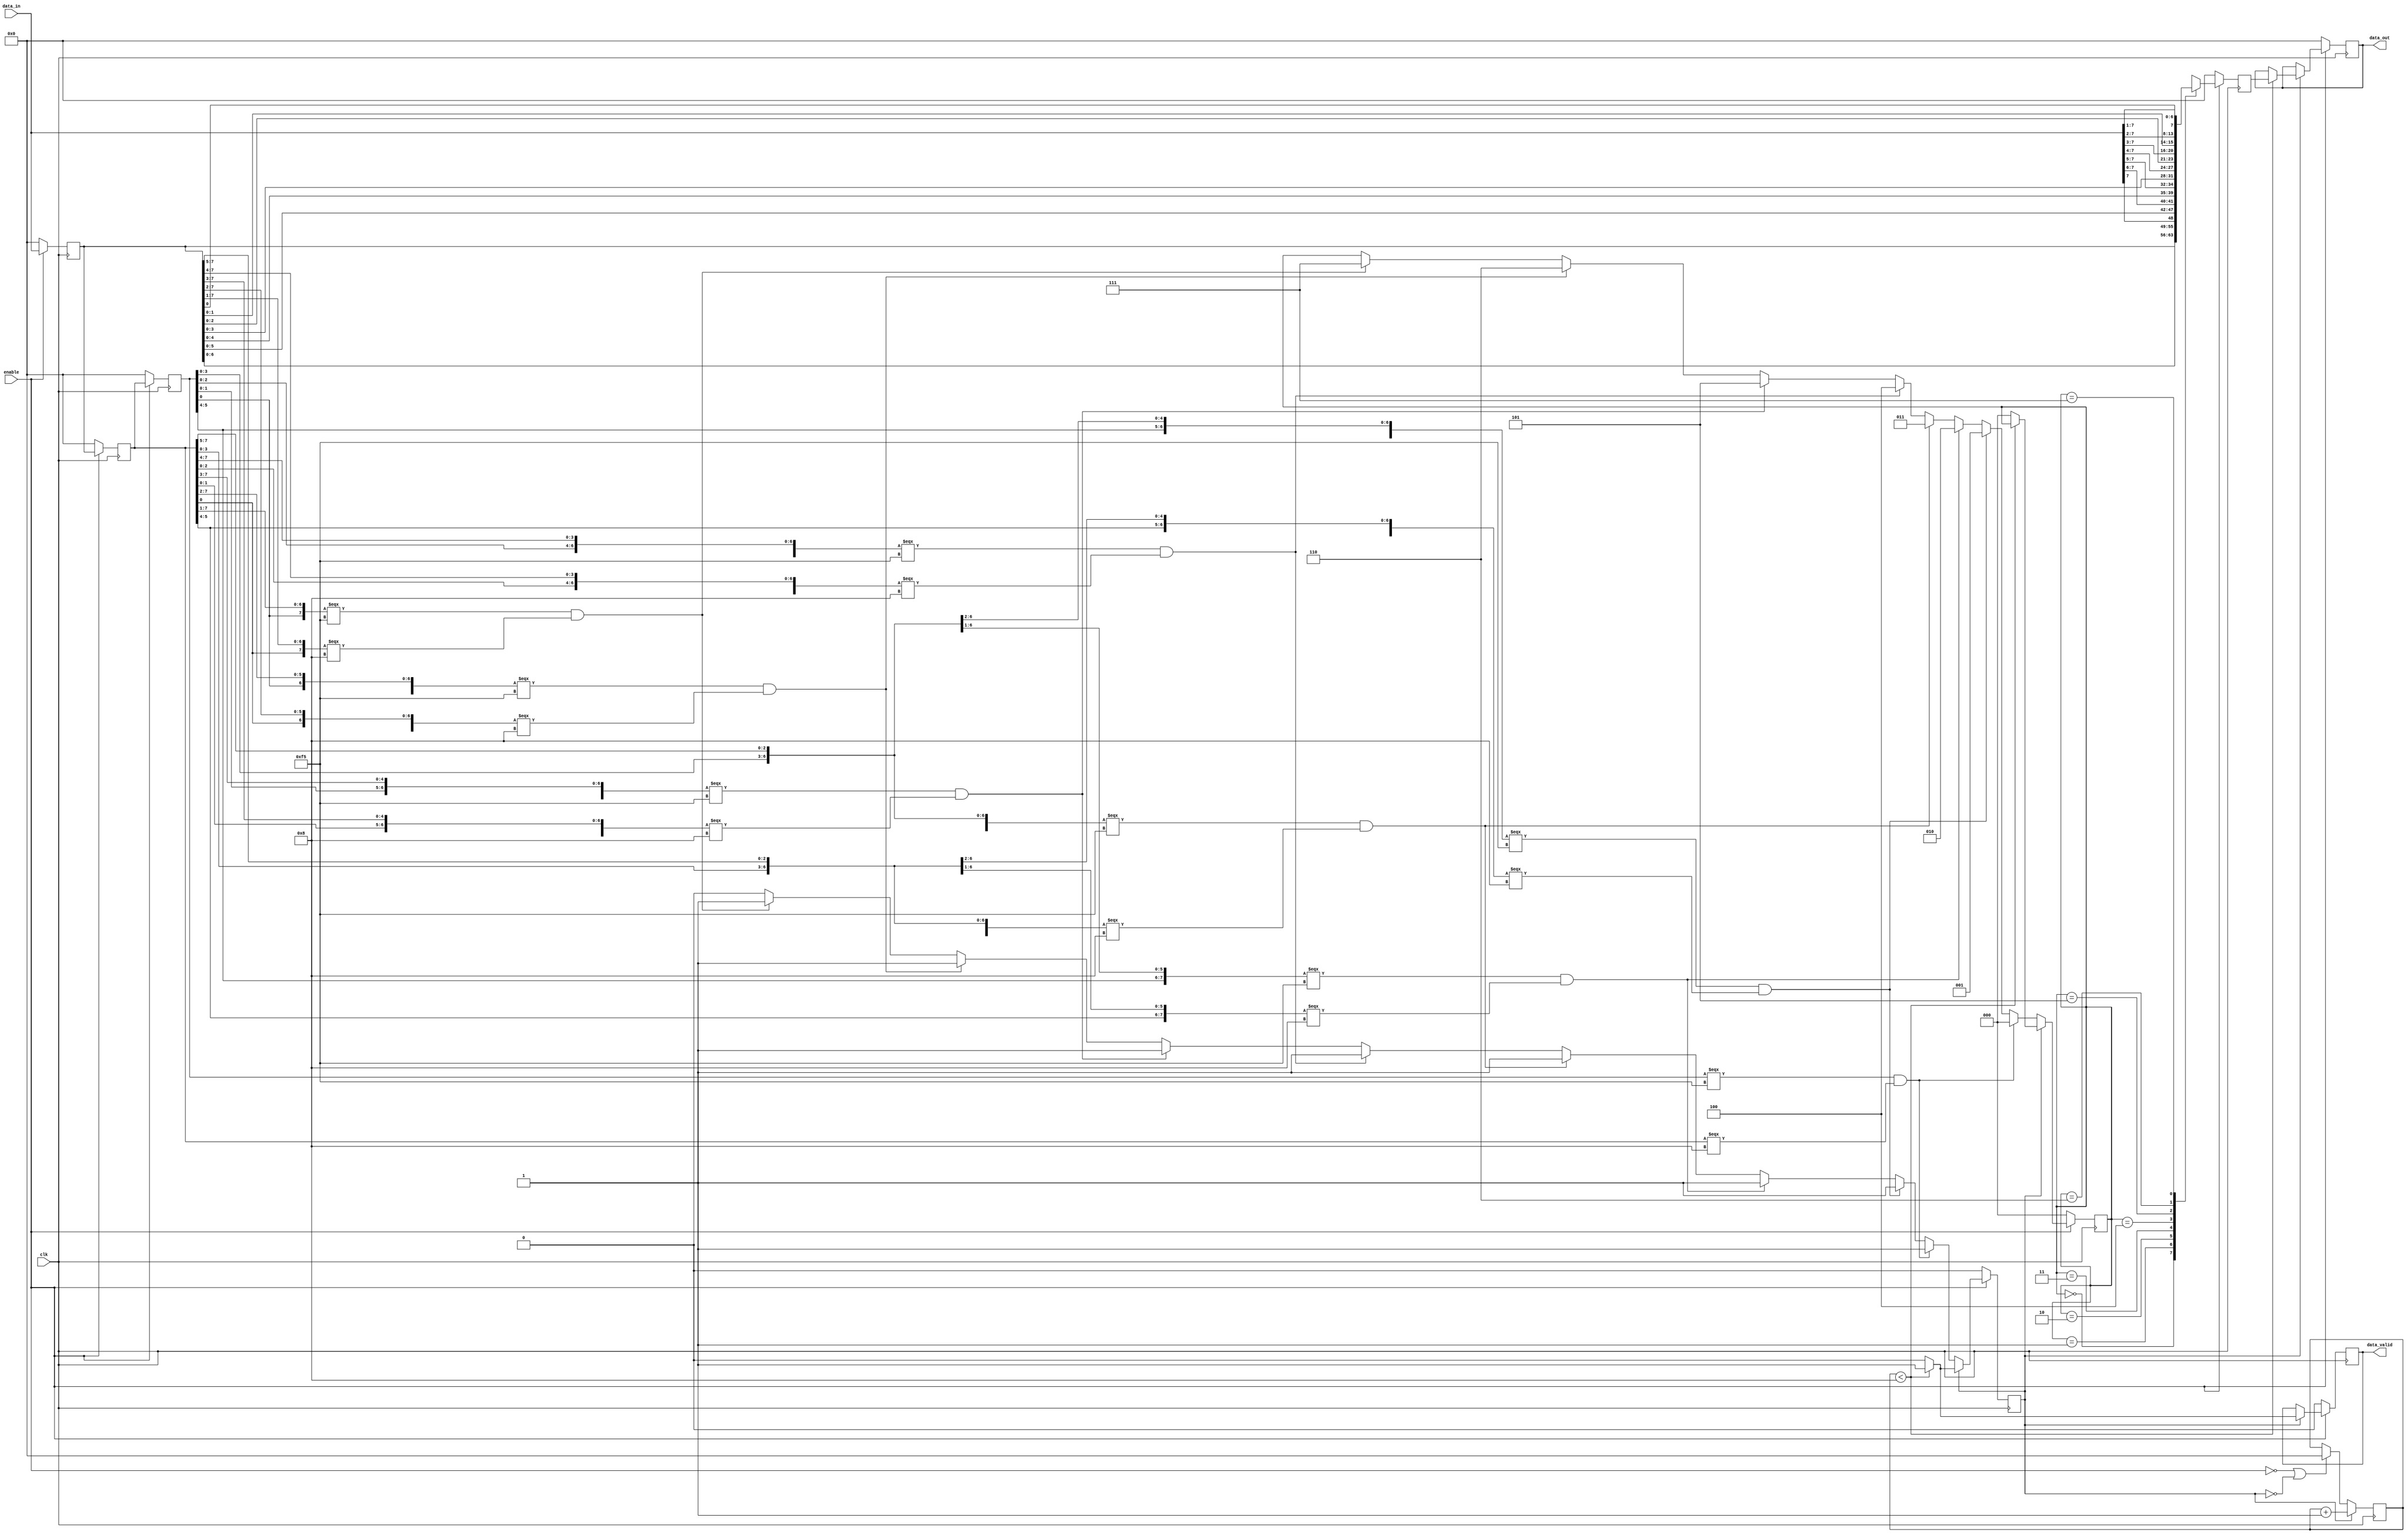
module RCB_FRL_CMD_shift
(
	data_in,
	clk, 
	enable, 
	data_out, 
	data_valid
	);
   input     clk;                      
   input     enable;                 
   input [7:0] data_in;           
   output       data_valid;
   output [7:0] data_out;
   reg [7:0] 	data_reg1;              
   reg [7:0] 	data_reg2;              
   reg [7:0] 	data_reg3;              
   reg [2:0] 	shift;                  
   reg 		    lock;                   
   reg [7:0] 	byte_count;             
   reg [2:0]    front_count;
   reg [7:0] 	data_out_tmp;           
   reg 	    	data_valid;
   reg [7:0] 	frame_length;      
   reg [7:0] 	data_out;               
   always @(negedge clk)   
     begin
		if (!enable)begin
    	      data_out_tmp <= 8'h00;    
				end
		else
		begin
    	    case(shift)               
		    	3'h0 : data_out_tmp <= data_reg1;
		    	3'h1 : data_out_tmp <= ({data_reg1[6:0],data_in[7]});
		    	3'h2 : data_out_tmp <= ({data_reg1[5:0],data_in[7:6]});
		    	3'h3 : data_out_tmp <= ({data_reg1[4:0],data_in[7:5]});
		    	3'h4 : data_out_tmp <= ({data_reg1[3:0],data_in[7:4]});
		    	3'h5 : data_out_tmp <= ({data_reg1[2:0],data_in[7:3]});
		    	3'h6 : data_out_tmp <= ({data_reg1[1:0],data_in[7:2]});
		    	3'h7 : data_out_tmp <= ({data_reg1[0],data_in[7:1]});
		    	default : data_out_tmp <= data_reg1;
	        endcase
		 end
	 end
   always@(negedge clk)           
     begin
		 if(!enable || !lock)		    	      	 
			begin
    	      byte_count <= 0;                   
    	      front_count <= 0;
			end
    	 if(lock)
    	  begin
    	      byte_count <= byte_count + 1;      
    	      front_count <= front_count+1;
    	  end
     end
   always @(negedge clk)         
    begin
		if(!enable) 
	  		begin
        	data_reg1 <= 8'h00;           
        	data_reg2 <= 8'h00;           
        	data_reg3 <= 8'h00;
	  	end
		else 
	 		begin
        	data_reg1 <= data_in;     
        	data_reg2 <= data_reg1;   
        	data_reg3 <= data_reg2;  
 	  		end
    end
  always @(negedge clk)          
     begin
		if(!enable)    
	  		begin
             lock <= 0;
             shift <= 0;
             data_out <= 8'h00;  
             data_valid <= 0;
			 frame_length <= 0;
	  		end
	 	else   
	  		begin  
       			if(!lock)                
          			begin 
		   				if(data_reg3 === 8'hf5 & data_reg2 === 8'h08) 
		       				begin
                       		lock <= 1;
                       		shift <= 3'h0;
		       				end
		   				else if({data_reg3[6:0],data_reg2[7]} === 8'hf5 & {data_reg2[6:0],data_reg1[7]} === 8'h08 ) 
               				begin
			     			lock <= 1;
			     			shift <= 3'h1;   
               				end
		    			else if({data_reg3[5:0],data_reg2[7:6]} === 8'hf5 & {data_reg2[5:0],data_reg1[7:6]} === 8'h08) 
			     			begin
			       			lock <= 1;
			       			shift <= 3'h2;   
			     			end
            			else if({data_reg3[4:0],data_reg2[7:5]} === 8'hf5 & {data_reg2[4:0],data_reg1[7:5]} === 8'h08) 
			    			begin
			       			lock <= 1;
			       			shift <= 3'h3;   
			    		    end
						else if({data_reg3[3:0],data_reg2[7:4]} === 8'hf5 & {data_reg2[3:0],data_reg1[7:4]} === 8'h08) 
			    			begin
                    		lock <= 1;
                    		shift <= 3'h4;   
			    			end
			 			else if({data_reg3[2:0],data_reg2[7:3]} === 8'hf5 & {data_reg2[2:0],data_reg1[7:3]} === 8'h08)
                  			begin
				    		lock <= 1;
				    		shift <= 3'h5;   
                  		    end
			 			else if({data_reg3[1:0],data_reg2[7:2]} === 8'hf5 & {data_reg2[1:0],data_reg1[7:2]} === 8'h08) 
				   			begin
				    		lock <= 1;
				    		shift <= 3'h6;   
				   		    end
			 			else if({data_reg3[0],data_reg2[7:1]} === 8'hf5 & {data_reg2[0],data_reg1[7:1]} === 8'h08)    
				  			begin
				     		lock <= 1;
				     		shift <= 3'h7;   
			  			    end
	         		end    
	     		else if (lock)   
            	  begin                         	 	
					if(byte_count < 8) 
					    begin
						data_valid <= 1;
						data_out <= data_out_tmp; 
						end
					else
						begin
			 			data_valid <= 0;
			 			lock <= 0;
			 			shift <= 0;
			            frame_length <= 0;
               			end
            	  end  
	      end     
     end    
endmodule